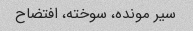
سیر مونده، سوخته، افتضاح